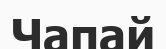
Чапай